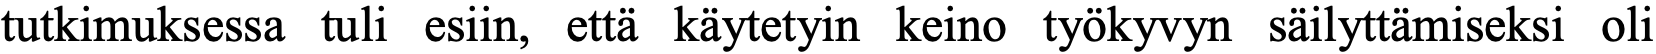
tutkimuksessa tuli esiin, että käytetyin keino työkyvyn säilyttämiseksi oli